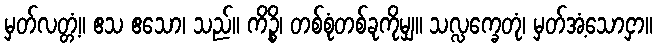
မှတ်လတ္တံ့။ ဧသ ဧသော၊ သည်။ ကိဉ္စိ၊ တစ်စုံတစ်ခုကိုမျှ။ သလ္လက္ခေတုံ၊ မှတ်အံ့သောငှာ။